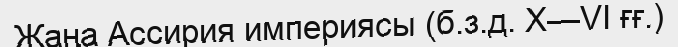
Жаңа Ассирия империясы (б.з.д. X—VI ғғ.)